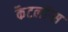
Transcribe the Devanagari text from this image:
कैटलॉग्स